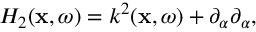
\begin{array} { r } { { \cal H } _ { 2 } ( { \bf x } , \omega ) = k ^ { 2 } ( { \bf x } , \omega ) + \partial _ { \alpha } \partial _ { \alpha } , } \end{array}